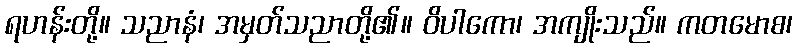
ရဟန်းတို့။ သညာနံ၊ အမှတ်သညာတို့၏။ ဝိပါကော၊ အကျိုးသည်။ ကတမောစ၊